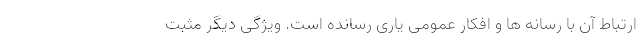
ارتباط آن با رسانه ها و افکار عمومی یاری رسانده است. ویژگی دیگر مثبت